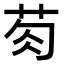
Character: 𮎯